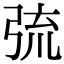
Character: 𢏭